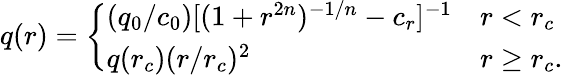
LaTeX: q(r)=\left\{ \begin{array}{ll}{(q_{0}/c_{0})[(1+r^{2n})^{-1/n}-c_{r}]^{-1}}&{r<r_{c}}\\ {q(r_{c})(r/r_{c})^{2}}&{r\ge r_{c}.}\end{array}\right.